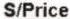
S/PRICE